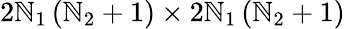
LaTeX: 2\mathbb{N}_{1}\left(\mathbb{N}_{2}+1\right)\times2\mathbb{N}_{1}\left(\mathbb{N}_{2}+1\right)